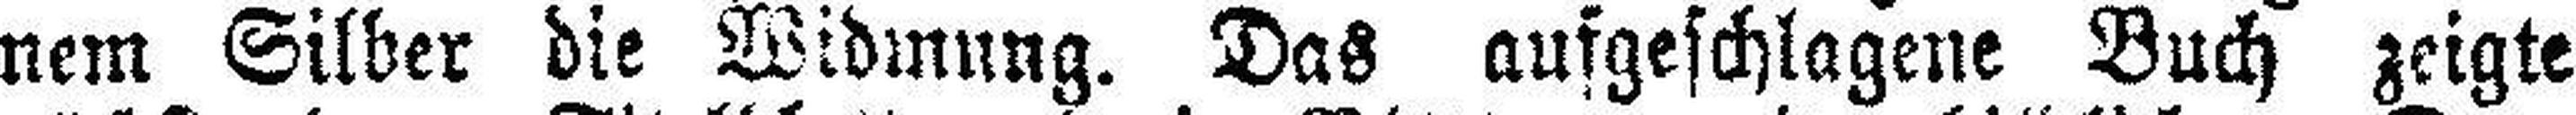
nem Silber die Widmung. Das aufgeschlagene Buch zeigte